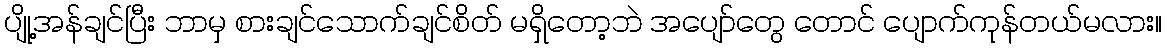
ပျို့အန်ချင်ပြီး ဘာမှ စားချင်သောက်ချင်စိတ် မရှိတော့ဘဲ အပျော်တွေ တောင် ပျောက်ကုန်တယ်မလား။